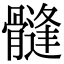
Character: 𩪌